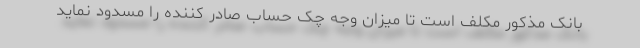
بانک مذکور مکلف است تا میزان وجه چک حساب صادر کننده را مسدود نماید